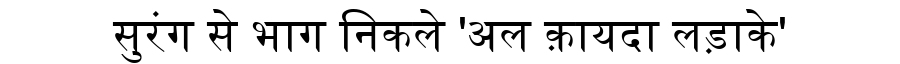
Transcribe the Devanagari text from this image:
सुरंग से भाग निकले 'अल क़ायदा लड़ाके'